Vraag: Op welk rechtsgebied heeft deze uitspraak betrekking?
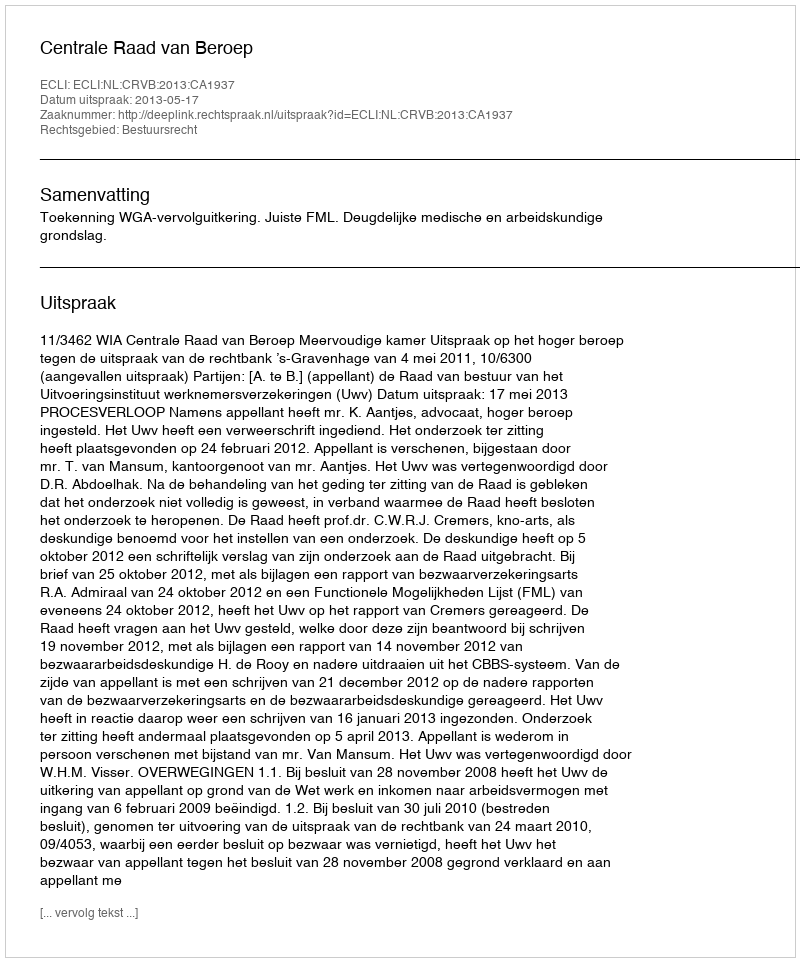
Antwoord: Bestuursrecht